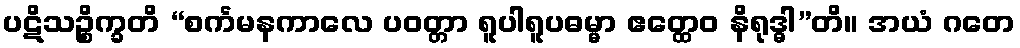
ပဋိသဉ္စိက္ခတိ “စင်္ကမနကာလေ ပဝတ္တာ ရူပါရူပဓမ္မာ ဧတ္ထေဝ နိရုဒ္ဓါ”တိ။ အယံ ဂတေ